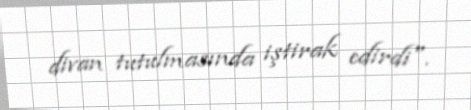
divan tutulmasında iştirak edirdi".